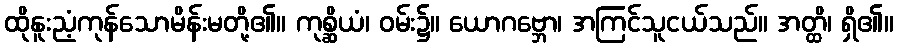
ထိုနူးညံ့ကုန်သောမိန်းမတို့၏။ ကုစ္ဆိယံ၊ ဝမ်း၌။ ယောဂဗ္ဘော၊ အကြင်သူငယ်သည်။ အတ္ထိ၊ ရှိ၏။